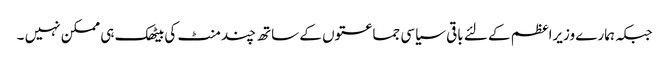
جبکہ ہمارے وزیراعظم کے لئے باقی سیاسی جماعتوں کے ساتھ چند منٹ کی بیٹھک ہی ممکن نہیں ۔